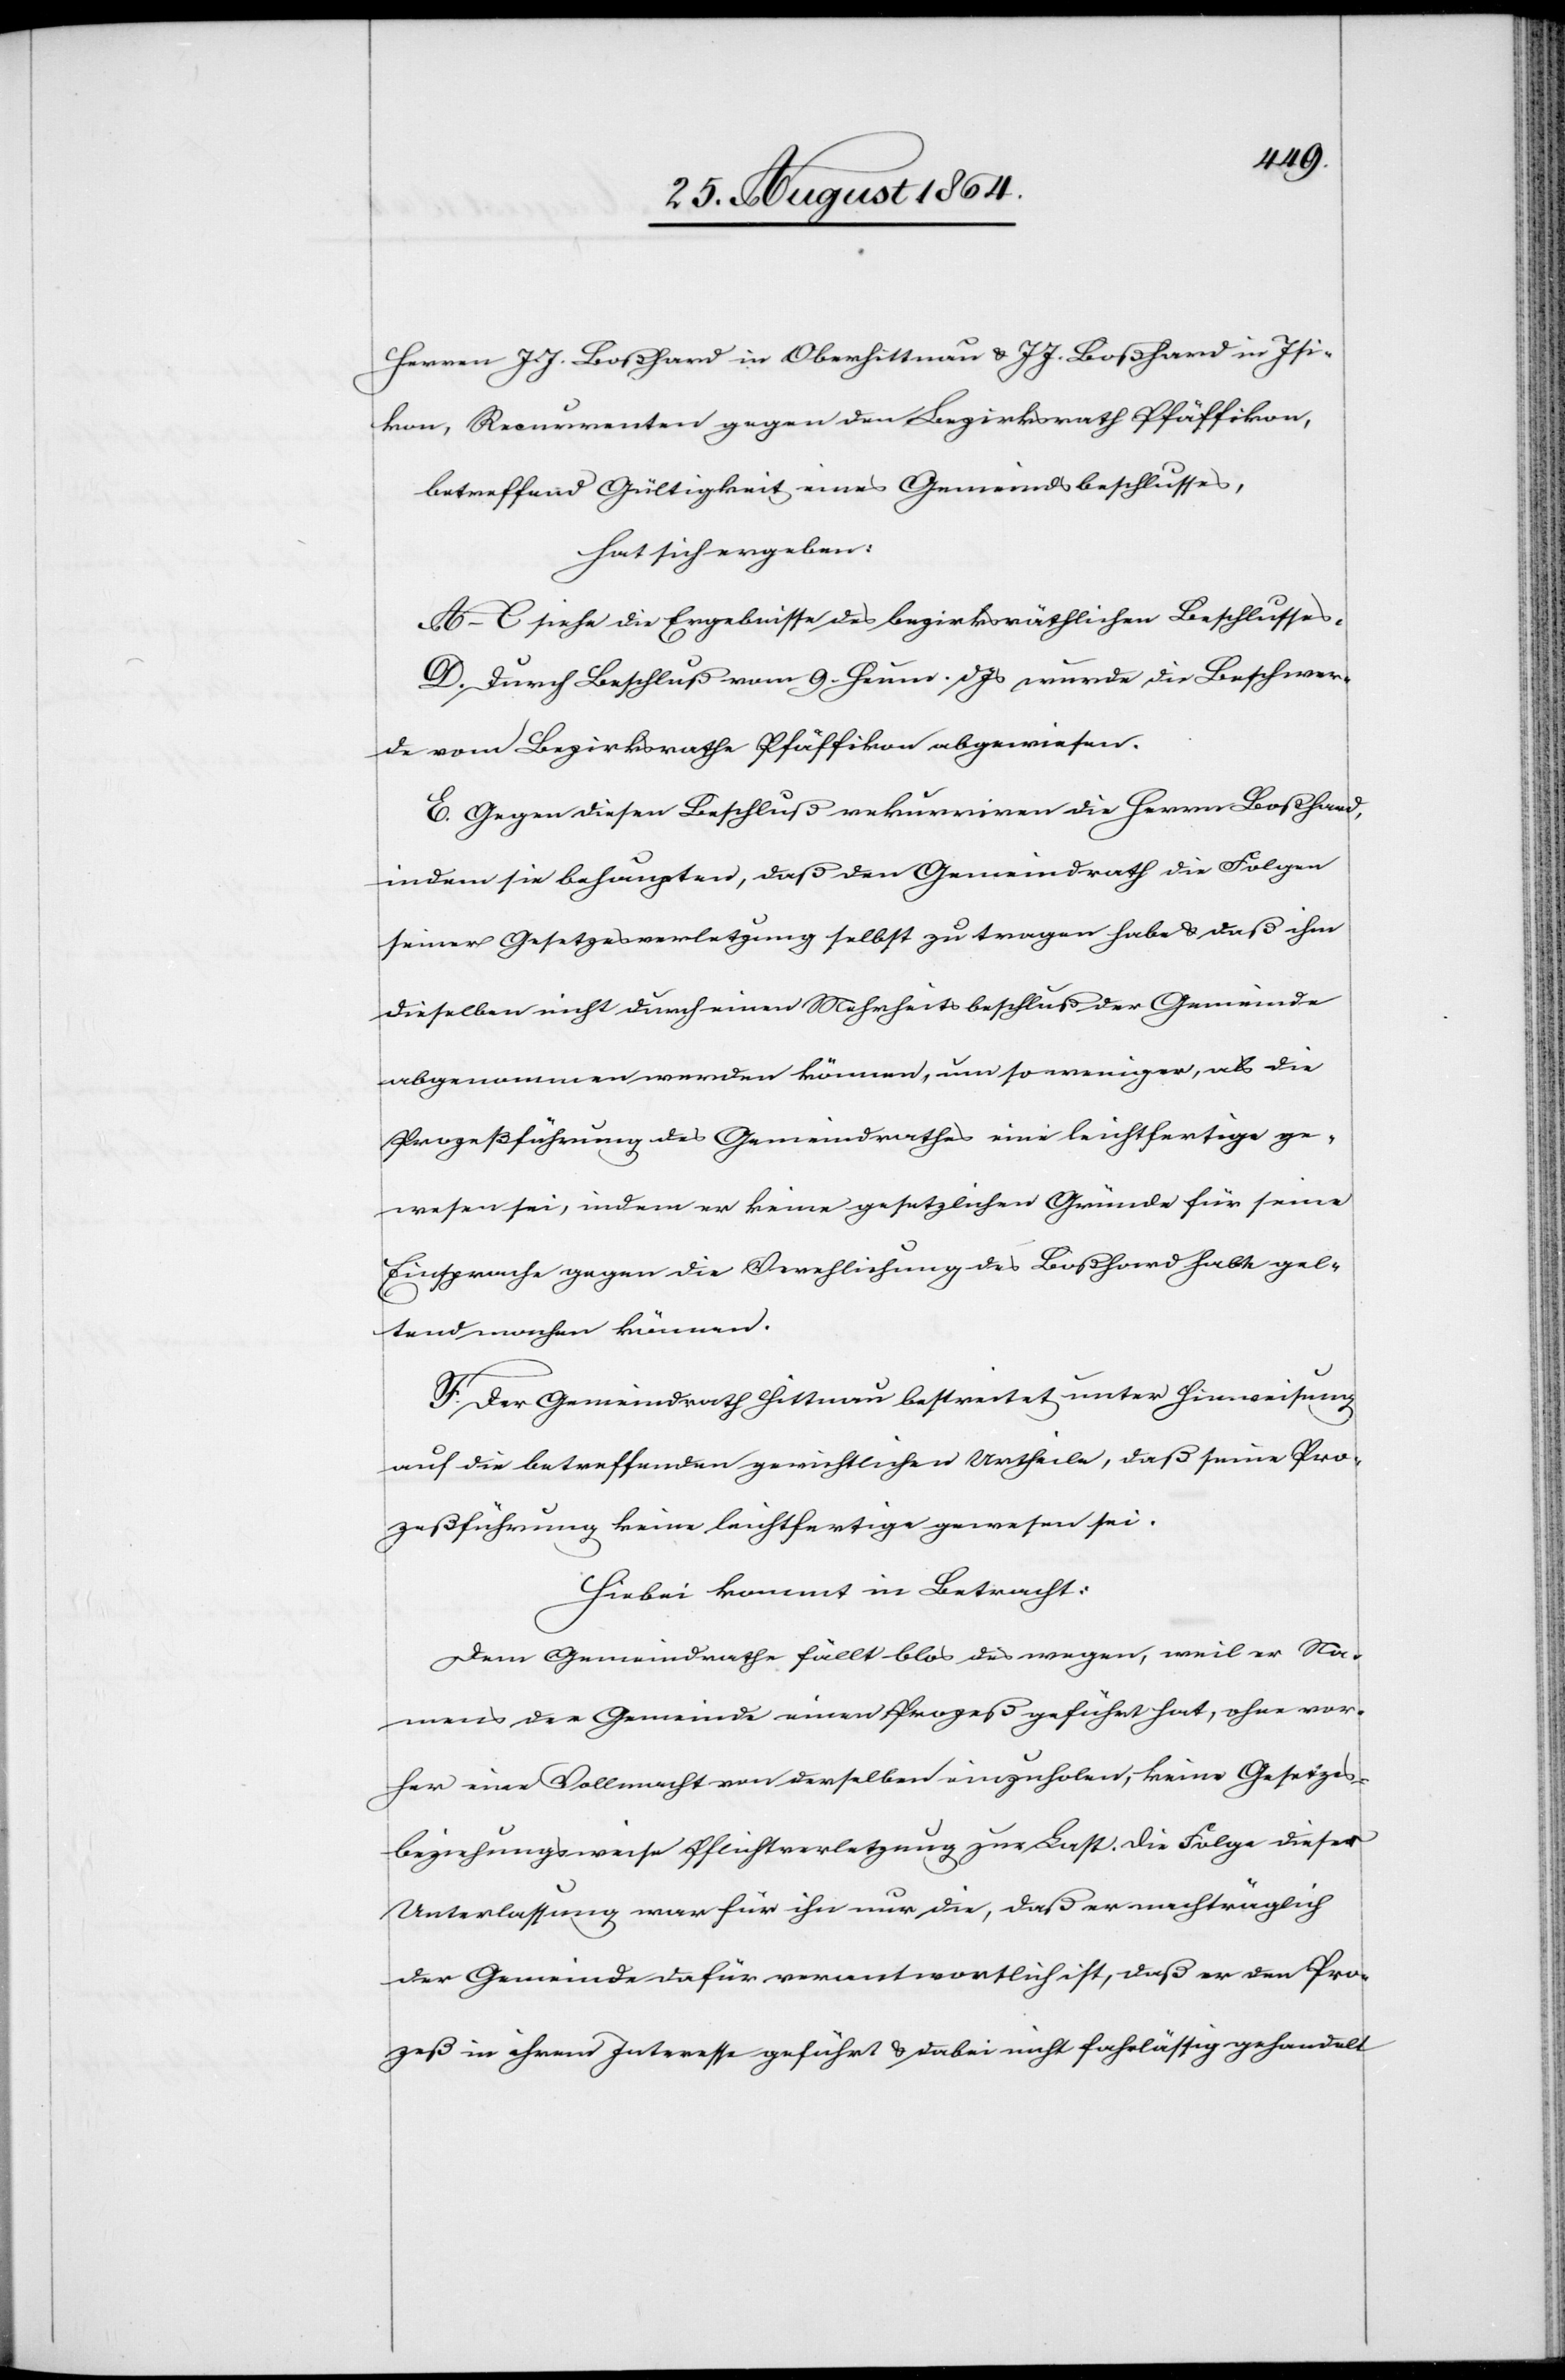
Herren J. J. Boßhard in Oberhittnau & J. J. Boßhard in Isi¬
kon, Recurrenten gegen den Bezirksrath Pfäffikon,
betreffend Gültigkeit eines Gemeindsbeschlusses,
hat sich ergeben:
A.–C. siehe die Ergebnisse des bezirksräthlichen Beschlusses.
D. Durch Beschluß vom 9. Heum. d. Js wurde die Beschwer¬
de vom Bezirksrathe Pfäffikon abgewiesen.
E. Gegen diesen Beschluß rekurrieren die Herren Boßhard,
indem sie behaupten, daß den [sic!] Gemeindrath die Folgen
seiner Gesetzesverletzung selbst zu tragen habe & daß ihm
dieselben nicht durch einen Mehrheitsbeschluß der Gemeinde
abgenommen werden können, um so weniger, als die
Prozeßführung des Gemeindrathes eine leichtfertige ge¬
wesen sei, indem er keine gesetzlichen Gründe für seine
Einsprache gegen die Verehelichung des Boßhard habe gel¬
tend machen können.
F. Der Gemeindrath Hittnau bestreitet unter Hinweisung
auf die betreffenden gerichtlichen Urtheile, daß seine Pro¬
zeßführung keine [sic!] leichtfertige gewesen sei.
Hiebei kommt in Betracht:
Dem Gemeindrathe fällt blos deswegen, weil er Na¬
mens der Gemeinde einen Prozeß geführt hat, ohne vor¬
her eine Vollmacht von derselben einzuholen, keine Gesetzes-
beziehungsweise Pflichtverletzung zur Last. Die Folge dieser
Unterlassung war für ihn nur die, daß er den Prozeß